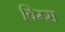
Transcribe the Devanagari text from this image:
विम्स